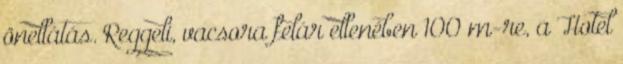
önellátás. Reggeli, vacsora felár ellenében 100 m-re, a Hotel